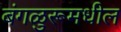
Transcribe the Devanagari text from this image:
बंगळुरूमधील